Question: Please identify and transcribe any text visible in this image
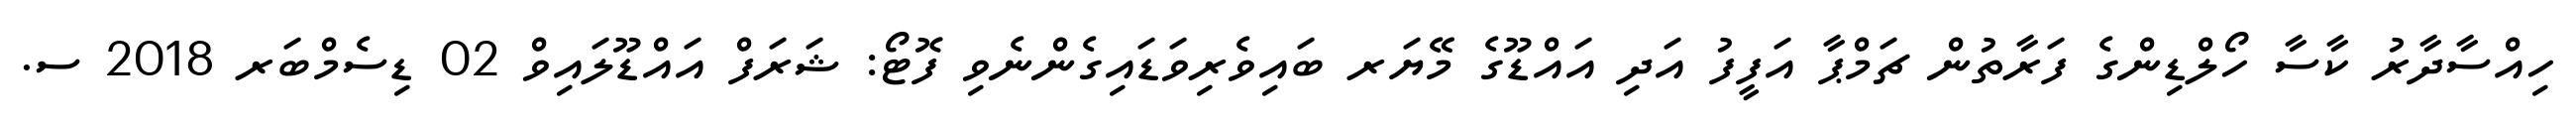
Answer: ހިއްސާދާރު ކާސާ ހޯލްޑިންގެ ފަރާތުން ޗަމްޕާ އަފީފު އަދި އައްޑޫގެ މޭޔަރ ބައިވެރިވަޑައިގެންނެވި ފޮޓޯ: ޝަރަފް އައްޑޫލައިވް 02 ޑިސެމްބަރ 2018 ސ.